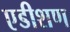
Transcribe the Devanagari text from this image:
एडीशण